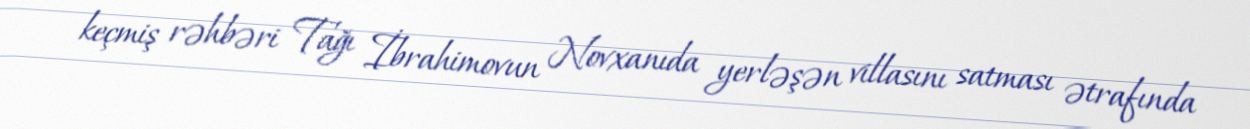
keçmiş rəhbəri Tağı İbrahimovun Novxanıda yerləşən villasını satması ətrafında